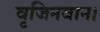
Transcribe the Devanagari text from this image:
वृजिनवान।